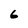
Character: 6